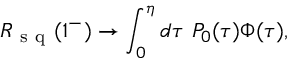
R _ { \mathrm { ~ s ~ q ~ } } ( 1 ^ { - } ) \rightarrow \int _ { 0 } ^ { \eta } d \tau ~ P _ { 0 } ( \tau ) \Phi ( \tau ) ,